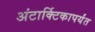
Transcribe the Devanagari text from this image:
अंटार्क्टिकापर्यंत